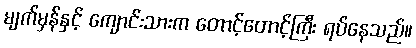
မျက်မှန်နှင့် ကျောင်းသားက တောင့်တောင့်ကြီး ရပ်နေသည်။